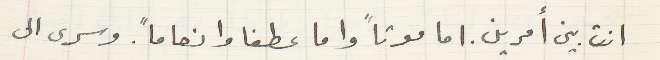
انت بين أمرين. اما موتاً واما عطفا وانعاماً. وسرى الى